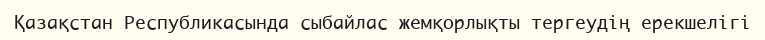
Қазақстан Республикасында сыбайлас жемқорлықты тергеудің ерекшелігі